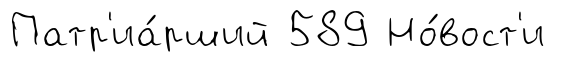
Патр'иа́рший 589 Но́вост'и